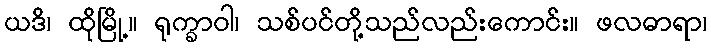
ယဒိ၊ ထိုမြို့။ ရုက္ခာဝါ၊ သစ်ပင်တို့သည်လည်းကောင်း။ ဖလဓာရာ၊